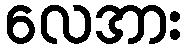
လေအား